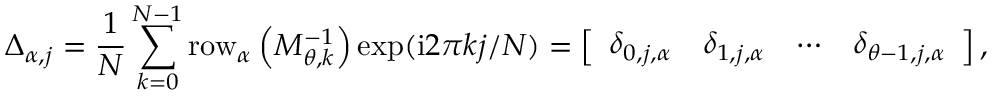
\Delta _ { \alpha , j } = \frac { 1 } { N } \sum _ { k = 0 } ^ { N - 1 } \mathrm { r o w } _ { \alpha } \left( M _ { \theta , k } ^ { - 1 } \right) \exp ( \mathrm { i } 2 \pi k j / N ) = \left[ \begin{array} { l l l l } { \delta _ { 0 , j , \alpha } } & { \delta _ { 1 , j , \alpha } } & { \cdots } & { \delta _ { \theta - 1 , j , \alpha } } \end{array} \right] ,